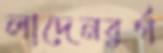
লাদেনবুর্গ